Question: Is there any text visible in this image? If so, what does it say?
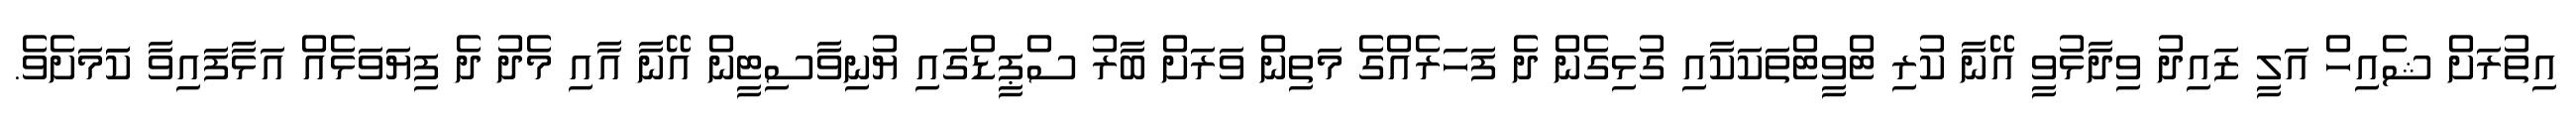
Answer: އިތުރަށް ޝެއިހް އަލީ ޒައިދު ވިދާޅުވީ އޭނާ ކުރި ޓްވީޓްތަކަކާއި ގުޅިގެން ދެ ފަހަރެއްގެ މަތިން ވަރަށް ބާރު ސްޕީޑްގައި ޔުނިވާސިޓީން އޭނާ އާއި މެދު ދެ ފިޔަވަޅެއް އަޅާފައިވާ ކަަމަށެވެ.